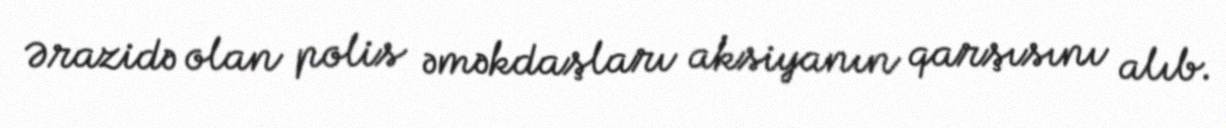
Ərazidə olan polis əməkdaşları aksiyanın qarşısını alıb.